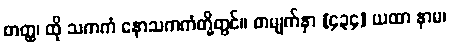
တတ္ထ၊ ထို သကကံ နောသကကံတို့တွင်။ စာမျက်နှာ [၄၃၄] ယထာ နာမ၊